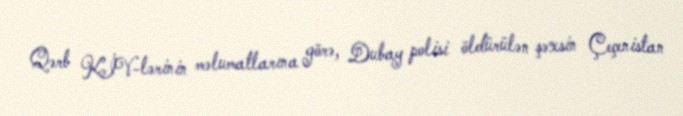
Qərb KİV-lərinin məlumatlarına görə, Dubay polisi öldürülən şəxsin Çeçenistan